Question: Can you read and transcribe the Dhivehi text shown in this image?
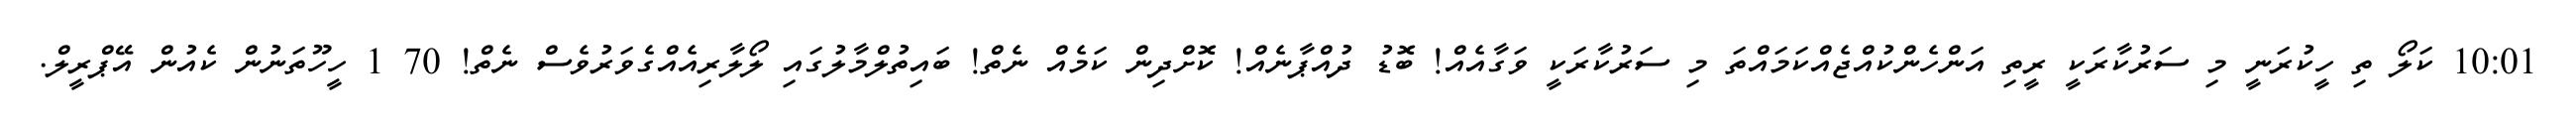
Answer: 10:01 ކަލޯ ތި ހީކުރަނީ މި ސަރުކާރަކީ ރީތި އަންހެންކުއްޖެއްކަމައްތަ މި ސަރުކާރަކީ ވަގާއެއް! ބޮޑު ދުއްޕާނެއް! ކޮށްދިން ކަމެއް ނެތް! ބައިތުލްމާލުގައި ލޯލާރިއެއްގެވަރުވެސް ނެތް! 70 1 ހީހޫތަނުން ކެއުން އޭޕްރީލް.